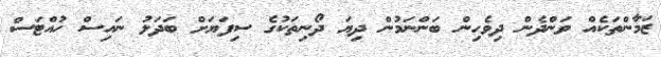
ޒަމާންތަކެއް ވަންދެން ދިވެހިން ބަންނަމުން ދިޔަ ދޯނިތަކުގެ ސިފަޔަށް ބަދަލު ނައިސް ހުއްޓަސް